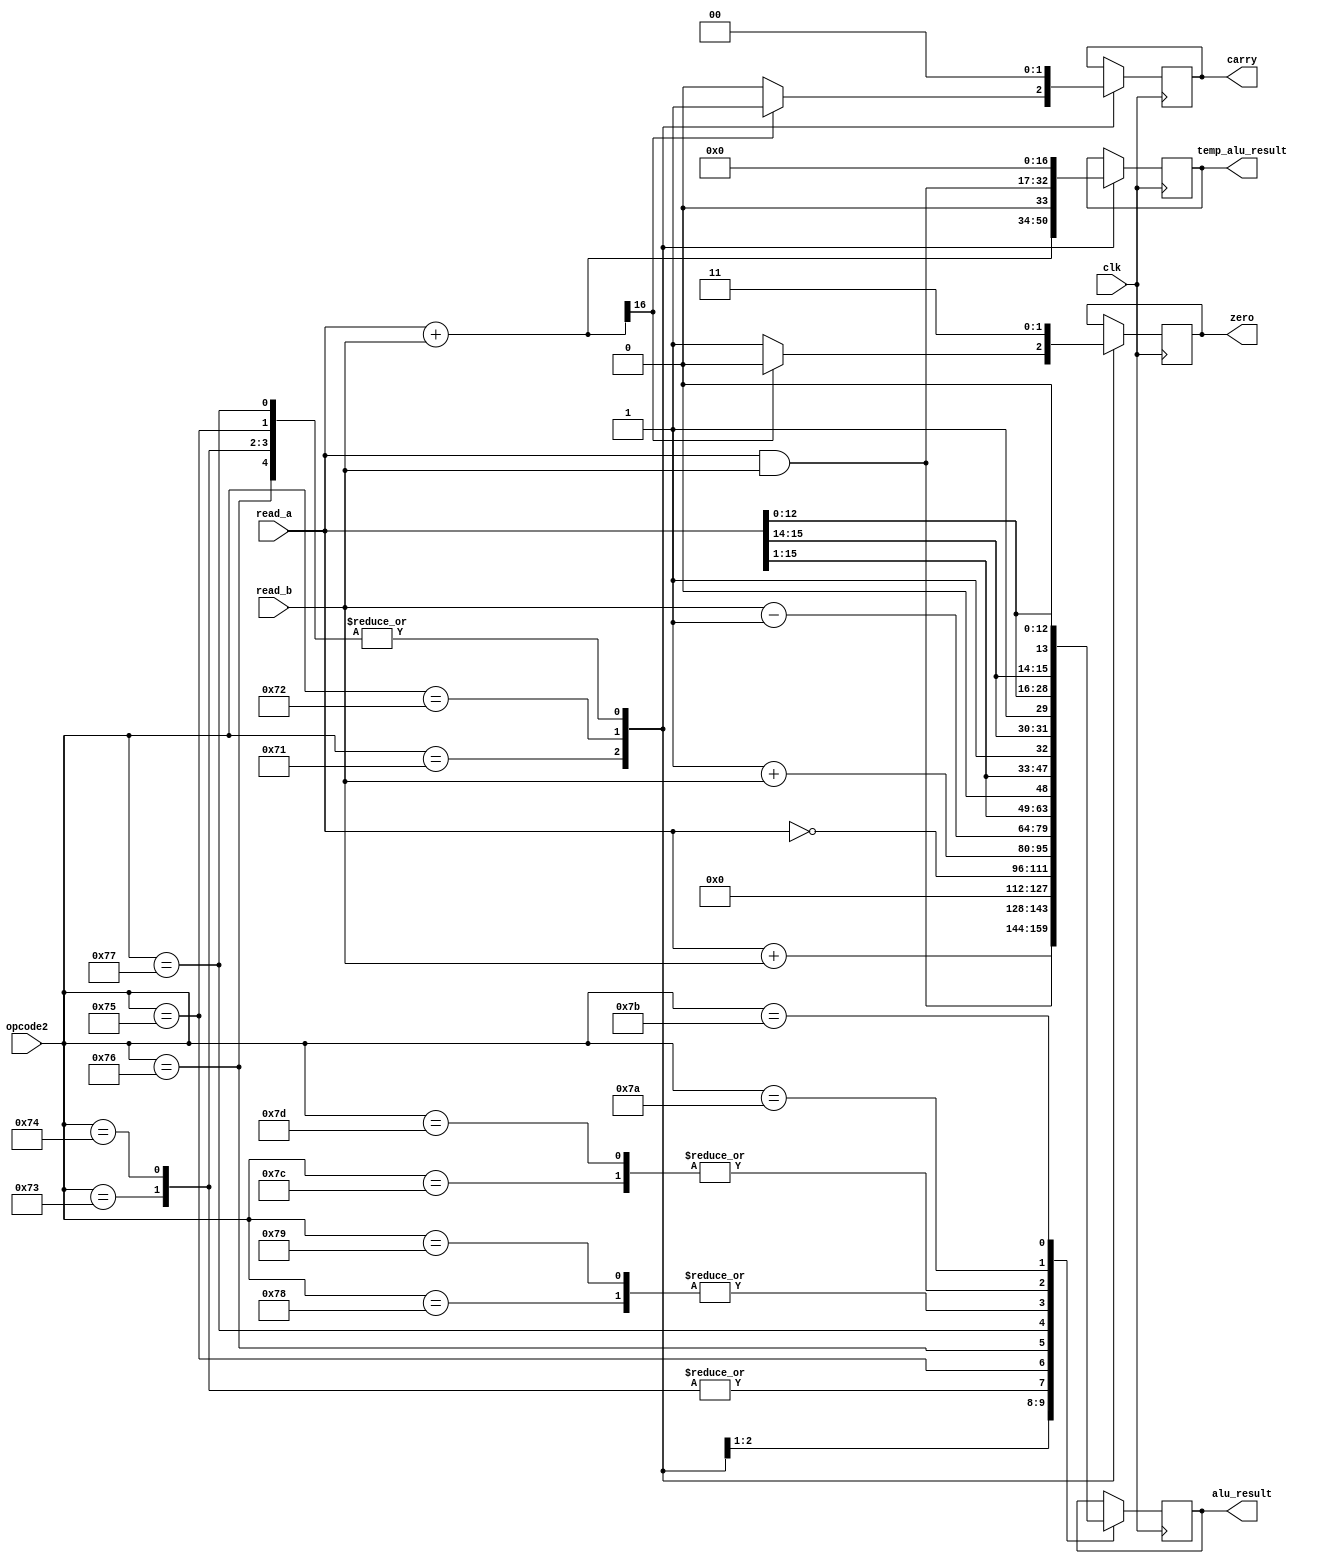
`timescale 1ns / 1ps
//////////////////////////////////////////////////////////////////////////////////
// Company: 
// Engineer: 
// 
// Design Name: 
// Module Name:    A5_ALU 
// Project Name: 
// Target Devices: 
// Tool versions: 
// Description: 
//
// Dependencies: 
//
// Revision: 
// Revision 0.01 - File Created
// Additional Comments: 
//
//////////////////////////////////////////////////////////////////////////////////
module A5_ALU(clk,read_a, read_b, opcode2,alu_result, carry,zero,temp_alu_result
    );

input clk;
input [15:0] read_a, read_b;
input [7:0] opcode2;


output reg [15:0] alu_result;
output reg carry, zero;

output reg [16:0] temp_alu_result;



always @(posedge clk)
begin

	begin
		case (opcode2)
				8'b01110001 : 
				begin
					
					alu_result=read_a + read_b;					
					temp_alu_result = read_a + read_b;
					if (temp_alu_result[16] == 1)
					begin
					carry = 1;
					zero = 0;
					end
					if (temp_alu_result[16] == 0)
					begin
					zero = 1;
					carry = 0;
					end
				
				end
				
				8'b01110010 : 
				begin
					alu_result = read_a & read_b;
								
					temp_alu_result = read_a & read_b;
					if (temp_alu_result[16] == 1)
					begin
					carry = 1;
					zero = 0;
					end
					if (temp_alu_result[16] == 0)
					begin
					zero = 1;
					carry = 0;
					end
				
				end
				
				8'b01110011 : 
				begin
					alu_result = 0;
										
					temp_alu_result = 0;
					if (temp_alu_result[16] == 1)
					begin
					carry = 1;
					zero = 0;
					end
					if (temp_alu_result[16] == 0)
					begin
					zero = 1;
					carry = 0;
					end
				end
				
				8'b01110100 : //CLB
				begin
					alu_result = 0;
					temp_alu_result = 0;
					if (temp_alu_result[16] == 1)
					begin
					carry = 1;
					zero = 0;
					end
					if (temp_alu_result[16] == 0)
					begin
					zero = 1;
					carry = 0;
					end
				end
				
				8'b01110101 : 
				begin
					alu_result = ~(read_a);
					temp_alu_result = 0;
					if (temp_alu_result[16] == 1)
					begin
					carry = 1;
					zero = 0;
					end
					if (temp_alu_result[16] == 0)
					begin
					zero = 1;
					carry = 0;
					end
				end
				
				8'b01110110 : 
				begin
					alu_result = 1'b1 + read_b;
					temp_alu_result = 0;
					if (temp_alu_result[16] == 1)
					begin
					carry = 1;
					zero = 0;
					end
					if (temp_alu_result[16] == 0)
					begin
					zero = 1;
					carry = 0;
					end
				end
				
				8'b01110111 : 
				begin
					alu_result = read_b - 1'b1;
					temp_alu_result = 0;
					if (temp_alu_result[16] == 1)
					begin
					carry = 1;
					zero = 0;
					end
					if (temp_alu_result[16] == 0)
					begin
					zero = 1;
					carry = 0;
					end
				end
				
				8'b01111000 : 
				begin
					alu_result = {read_a[15:1],1'b0} ;
					//ex_flag = 1;
				end
				
				8'b01111001 : 
				begin
					alu_result = {read_a[15:1],1'b0} ;
					//ex_flag = 1;
				end
				
				8'b01111100 : 
                begin
                    alu_result = {read_a[15:1],1'b1} ;
                    //ex_flag = 1;
                end
                
                8'b01111101 : 
                begin
                    alu_result = {read_a[15:1],1'b1} ;
                    //ex_flag = 1;
                end
				
				8'b01111010 : 
				begin
					alu_result = {read_a[15],read_a[14],1'b1,read_a[12:0]} ;
					//ex_flag = 1;
				end
				
				8'b01111011 : 
				begin
					alu_result = {read_a[15],read_a[14],1'b0,read_a[12:0]} ;
					//ex_flag = 1;
				end
		endcase
		end
		end
endmodule